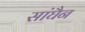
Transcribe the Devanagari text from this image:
सांघैन